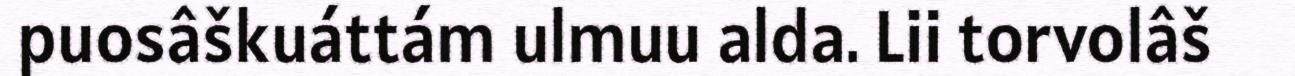
puosâškuáttám ulmuu alda. Lii torvolâš